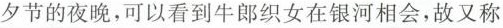
夕节的夜晚，可以看到牛郎织女在银河相会，故又称